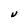
Character: U